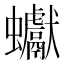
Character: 𧖃